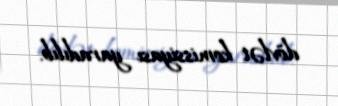
dövlət komissiyası yaradılıb.